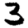
Digit: 3